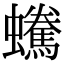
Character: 𧔟